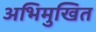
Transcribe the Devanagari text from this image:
अभिमुखित